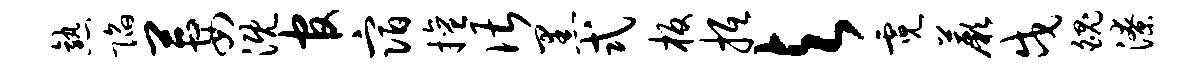
熟陷萋溉官宿擅谌黑式板抵与霓蕨戍魄潦